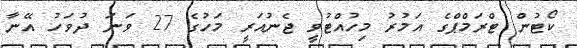
ކޯޓުން ޓްރަމްޕްގެ އަމުރު މިހުއްޓުވީ ޖެނުއަރީ މަހުގެ 27 ވަނަ ދުވަހު އޭނާ